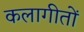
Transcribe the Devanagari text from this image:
कलागीतों